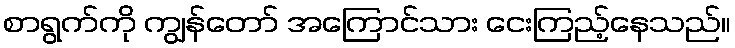
စာရွက်ကို ကျွန်တော် အကြောင်သား ငေးကြည့်နေသည်။